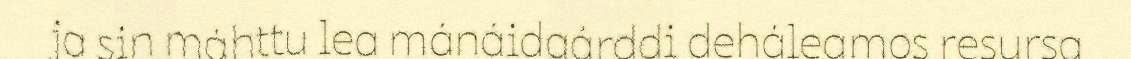
ja sin máhttu lea mánáidgárddi deháleamos resursa